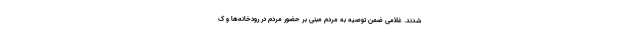
شدند. غلامی ضمن توصیه به مردم مبنی بر حضور مردم در رودخانه‌ها و ک